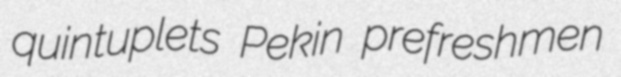
quintuplets Pekin prefreshmen